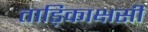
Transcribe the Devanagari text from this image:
ताड़िकाक्षसी